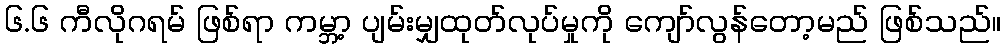
၆.၆ ကီလိုဂရမ် ဖြစ်ရာ ကမ္ဘာ့ ပျမ်းမျှထုတ်လုပ်မှုကို ကျော်လွန်တော့မည် ဖြစ်သည်။